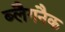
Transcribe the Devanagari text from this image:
ब्लैगनैक